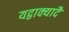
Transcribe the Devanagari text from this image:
यद्वाक्यादै